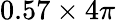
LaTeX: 0.57\times 4\pi